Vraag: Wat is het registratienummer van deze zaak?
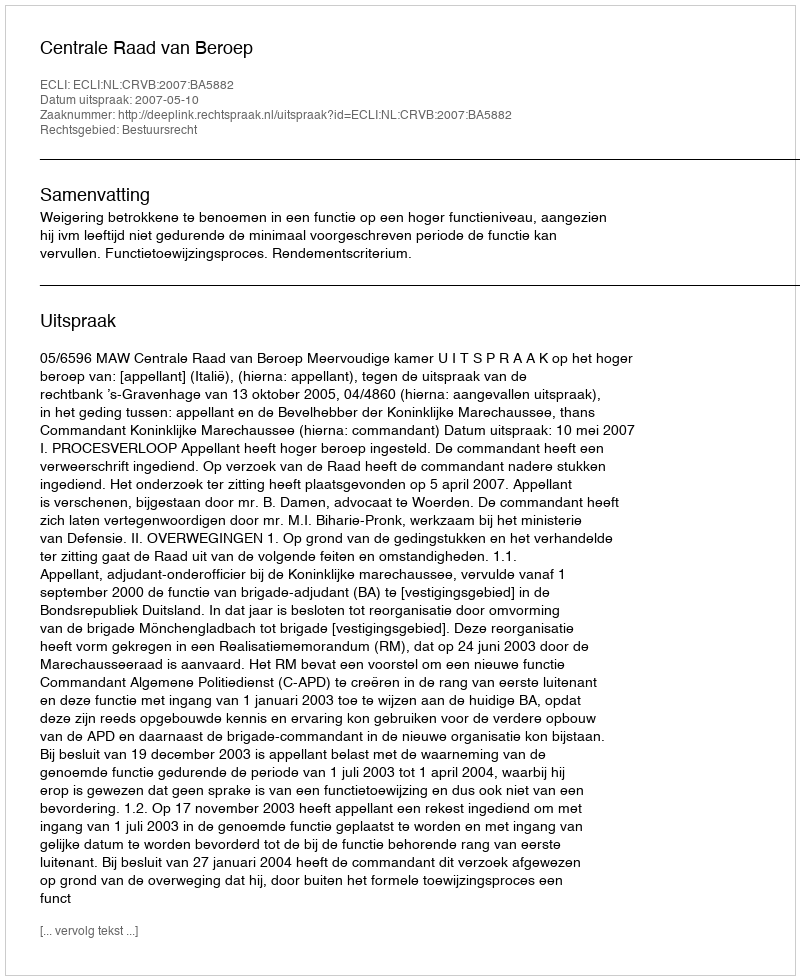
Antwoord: http://deeplink.rechtspraak.nl/uitspraak?id=ECLI:NL:CRVB:2007:BA5882